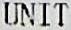
UNIT